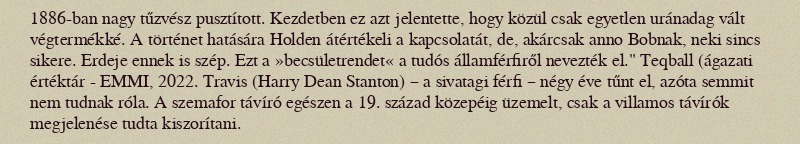
1886-ban nagy tűzvész pusztított. Kezdetben ez azt jelentette, hogy közül csak egyetlen uránadag vált végtermékké. A történet hatására Holden átértékeli a kapcsolatát, de, akárcsak anno Bobnak, neki sincs sikere. Erdeje ennek is szép. Ezt a »becsületrendet« a tudós államférfiről nevezték el." Teqball (ágazati értéktár - EMMI, 2022. Travis (Harry Dean Stanton) – a sivatagi férfi – négy éve tűnt el, azóta semmit nem tudnak róla. A szemafor távíró egészen a 19. század közepéig üzemelt, csak a villamos távírók megjelenése tudta kiszorítani.